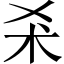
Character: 𣏂